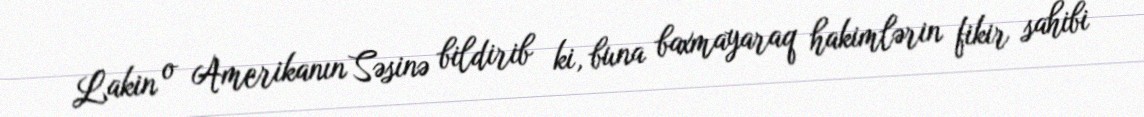
Lakin o Amerikanın Səsinə bildirib ki, buna baxmayaraq hakimlərin fikir sahibi